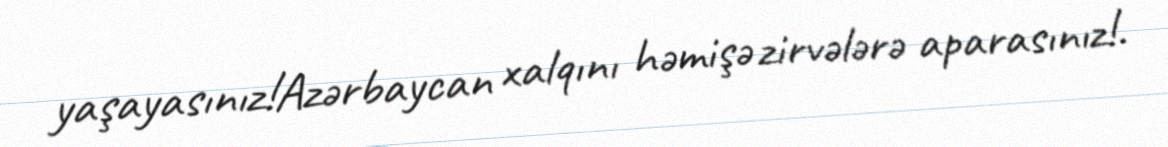
yaşayasınız!Azərbaycan xalqını həmişə zirvələrə aparasınız!.